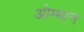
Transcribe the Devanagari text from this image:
ओम्मान